Leaving Certificate Examination, 1918
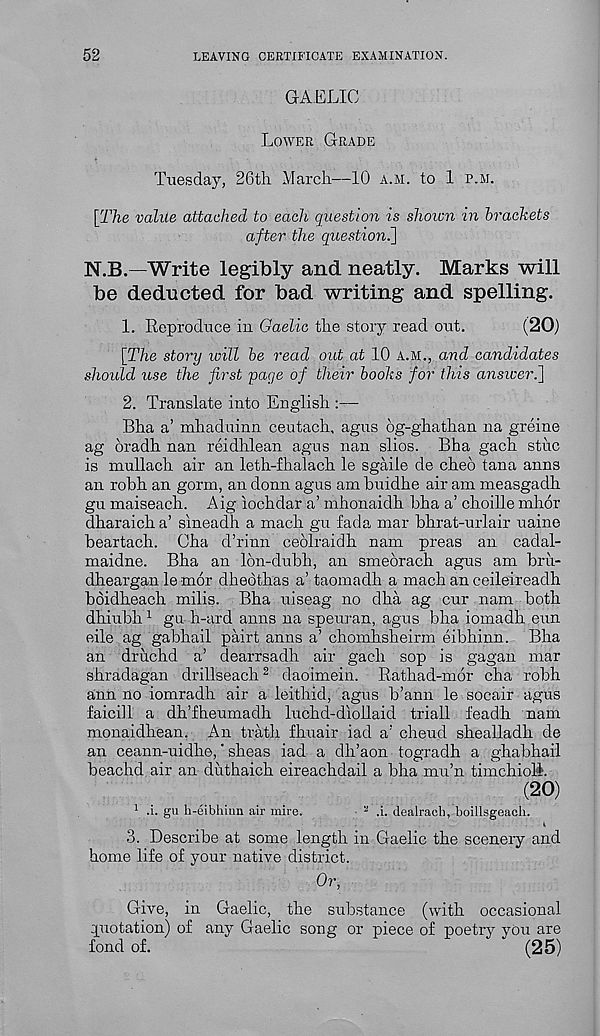
52
LEAVING CERTIFICATE EXAMINATION.
GAELIC
Lower Grade
Tuesday, 26tli March—10 a.m. to 1 p.m.
[TTie vahle attached to each question is shoicn in brackets
after the question^]
N.B.—Write legibly and neatly. Marks will
be deducted for bad writing and spelling.
1. Reproduce in Gaelic the story read out.
(20)
[The stony wilt be read out at 10 a.m., and candidates
should use the first page of their books for this ansiccri]
2. Translate into English :—
Bha a’ mhaduinn ceutach, agus 6g-ghathan na greine
ag oradh nan reidhlean agus nan slios. Bha gach stiic
is mullach air an leth-fhalach le sgaile de cheo tana anns
an robh an gorm, an donn agus am buidhe air am measgadh
gu maiseach. Aig iochdar a’ mhonaidh bha a’ choille mhor
dharaicha’ sineadh a mach gu fad a mar bhrat-urlair uaine
beartach. Cha d’rinn ceolraidh nam preas an cadal-
maidne. Bha an lon-dubh, an smeorach agus am bru-
dheargan le mor dhedthas a’ taomadh a mach an ceileireadh
boidheach mills. Bha uiseag no dha ag cur nam both
dhiubh 1 gu h-ard anns na speuran, agus bha iomadh eun
eile ag gabhail pairt anns a’ chomhsheirm eibhinn. Bha
an druchd a’ dearrsadh air gach sop is gagan mar
shradagan drillseach 2 daoimein. Rathad-mor cha robh
ann no iomradh air a leithid, agus b’ann le socair agus
faicill a dh’fheumadh luchd-diollaid triall feadh nam
monaidhean. An trath fhuair iad a ! cheud shealladh de
an ceann-uidhe,' sheas iad a dh’aon togradh a ghabhail
beachd air an duthaich eireachdail a bha mu’n timchioll.
(20)
1 .i. gu h-eibhiun air mire.
a .i. dealraeb, boillsgeaeli.
3. Describe at some length in Gaelic the scenery and
home life of your native district.
Or,
Give, in Gaelic, the substance (with occasional
quotation) of any Gaelic song or piece of poetry you are
fond of.
(25)